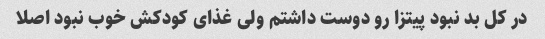
در کل بد نبود پیتزا رو دوست داشتم ولی غذای کودکش خوب نبود اصلا